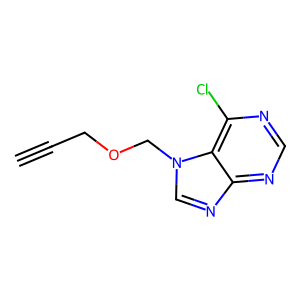
SMILES: C#CCOCn1cnc2ncnc(Cl)c21
Inhibits HIV replication: No